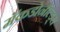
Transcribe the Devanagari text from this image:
मॅकडोनॉल्ड्स